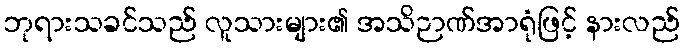
ဘုရားသခင်သည် လူသားများ၏ အသိဉာဏ်အာရုံဖြင့် နားလည်